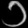
Digit: ၁